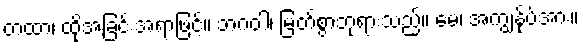
တထာ၊ ထိုအခြင်းအရာဖြင့်။ ဘဂဝါ၊ မြတ်စွာဘုရားသည်။ မေ၊ အကျွန်ုပ်အား။